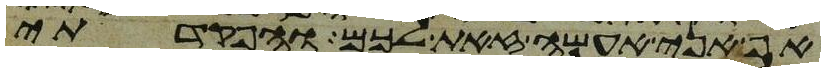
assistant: אף אני אעשה זאת לכם והפקדתי